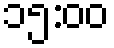
၁၅:၀၀